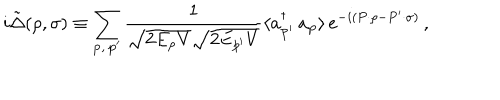
i \tilde { \Delta } ( \rho , \sigma ) \equiv \sum _ { { \bf p } , \, { \bf p } ^ { \prime } } \frac { 1 } { \sqrt { 2 E _ { p } V } \sqrt { 2 E _ { p ^ { \prime } } V } } \langle a _ { { \bf p } ^ { \prime } } ^ { \dagger } \, a _ { \bf p } \rangle \, e ^ { - i ( P \cdot \rho - P ^ { \prime } \cdot \sigma ) } \, ,